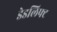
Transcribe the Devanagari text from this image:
डेडलिफ्ट